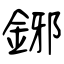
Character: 鋣